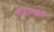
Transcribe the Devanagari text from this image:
चिदम्‍बरम